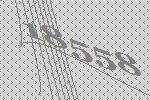
18558